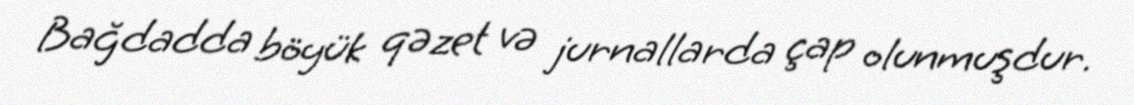
Bağdadda böyük qəzet və jurnallarda çap olunmuşdur.